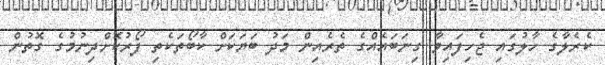
ކެރެލާގެ ހާލުގައި ޖެހިފައިވާ ގިނަބައެއްގެ ތެރެއިިން މަދު ބަޔަކަށް ކާބޯތަކެތި ފޯރުކޮށްދިނުމުގެ ގޮތުން